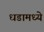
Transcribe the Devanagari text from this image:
धडामध्ये